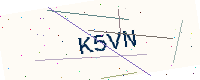
Text: K5VN